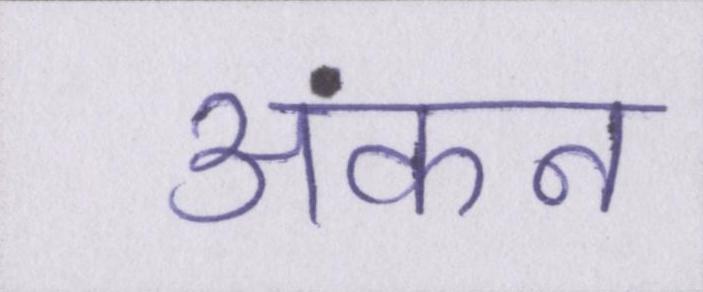
अंकन